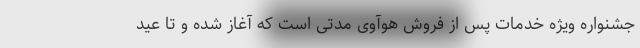
جشنواره ویژه خدمات پس از فروش هوآوی مدتی است که آغاز شده و تا عید